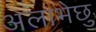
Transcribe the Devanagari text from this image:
अलाभेछु